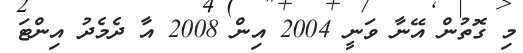
މި ގޮތުން އޭނާ ވަނީ 2004 އިން 2008 އާ ދެމެދު އިންޓަ